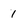
Character: 1